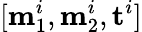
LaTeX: [\mathbf m_{1}^{i},\mathbf m_{2}^{i},\mathbf t^{i}]